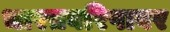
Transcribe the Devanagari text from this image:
भारतवरिषावर